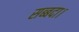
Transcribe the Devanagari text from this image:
सब्बदा।